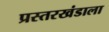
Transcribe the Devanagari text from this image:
प्रस्तरखंडाला